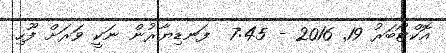
އޮކްޓޯބަރު 19